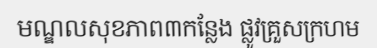
មណ្ឌលសុខភាព៣កន្លែង ផ្លូវគ្រួសក្រហម